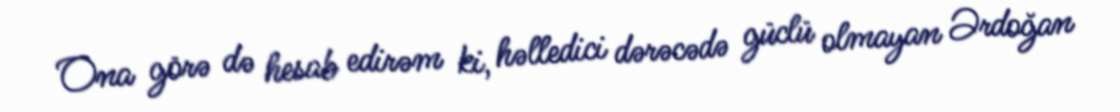
Ona görə də hesab edirəm ki, həlledici dərəcədə güclü olmayan Ərdoğan